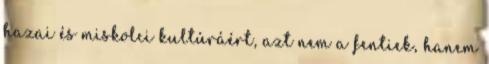
hazai és miskolci kultúráért, azt nem a fentiek, hanem